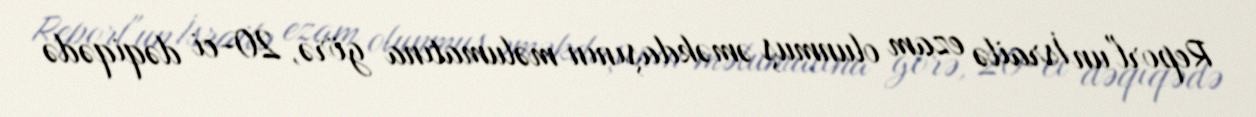
Report"un İsrailə ezam olunmuş əməkdaşının məlumatına görə, 20-ci dəqiqədə